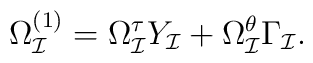
\Omega_{\cal I}^{(1)}=\Omega_{\cal I}^{\tau}Y_{\cal I}+\Omega_{\cal I}^{\theta}\Gamma_{\cal I}.